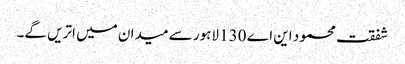
شفقت محمود این اے 130 لاہور سے میدان میں اتریں گے۔